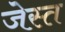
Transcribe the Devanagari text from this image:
जेस्त